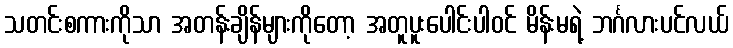
သတင်းစကားကိုသာ အတန်းချိန်များကိုတော့ အတူပူးပေါင်းပါဝင် မိန်းမရဲ့ ဘင်္ဂလားပင်လယ်